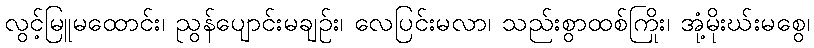
လွင့်မြူမထောင်း၊ ညွန်ပျောင်းမချဉ်း၊ လေပြင်းမလာ၊ သည်းစွာထစ်ကြိုး၊ အုံ့မိုးဃ်းမစွေ၊